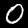
Label: 0